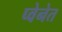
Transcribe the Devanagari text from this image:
प्वेनेत